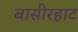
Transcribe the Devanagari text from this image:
बासीरहाट